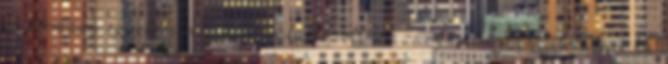
A kormány egyelőre még nem foglalkozott Lázár javaslatával totalcar.hu